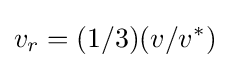
v_{r}=(1/3)(v/v^{*})